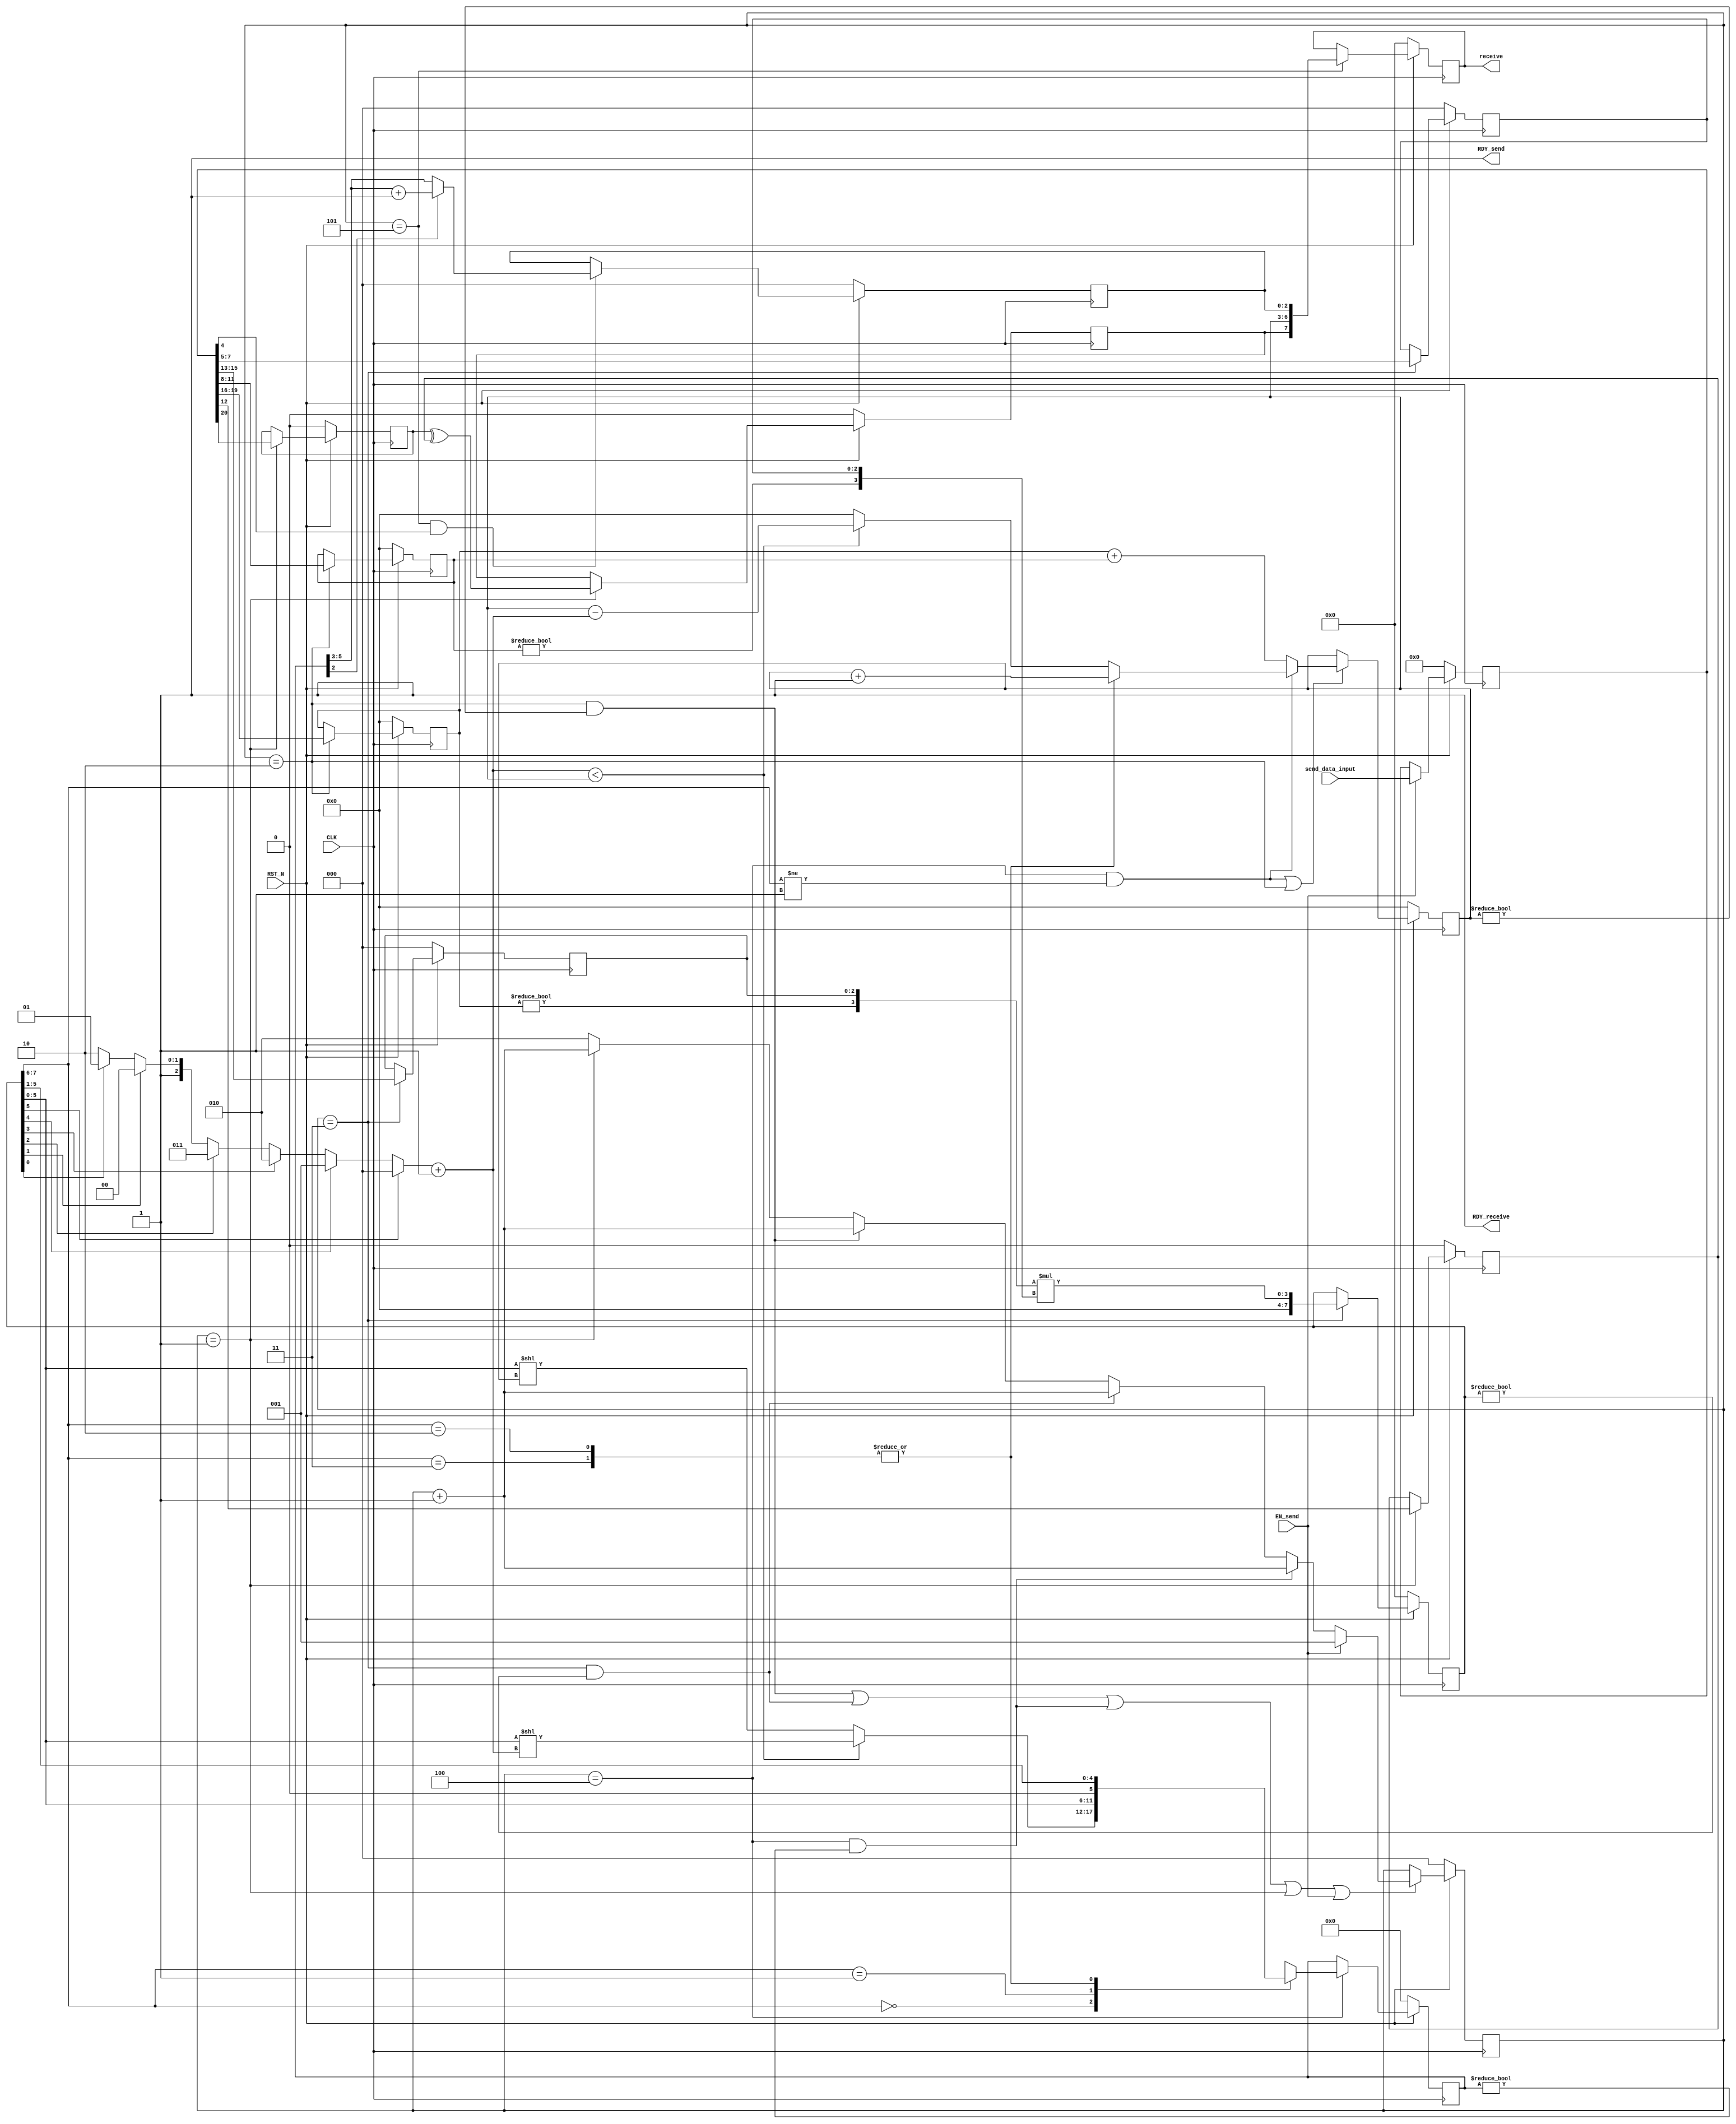
//
// Generated by Bluespec Compiler, version 2022.01-10-g3a4741b2 (build 3a4741b2)
//
// On Sun Dec 10 00:44:55 IST 2023
//
//
// Ports:
// Name                         I/O  size props
// RDY_send                       O     1 const
// receive                        O     8 reg
// RDY_receive                    O     1 const
// CLK                            I     1 clock
// RST_N                          I     1 reset
// send_data_input                I    21 reg
// EN_send                        I     1
//
// No combinational paths from inputs to outputs
//
//

`ifdef BSV_ASSIGNMENT_DELAY
`else
  `define BSV_ASSIGNMENT_DELAY
`endif

`ifdef BSV_POSITIVE_RESET
  `define BSV_RESET_VALUE 1'b1
  `define BSV_RESET_EDGE posedge
`else
  `define BSV_RESET_VALUE 1'b0
  `define BSV_RESET_EDGE negedge
`endif

module cfloat8_mul(CLK,
		   RST_N,

		   send_data_input,
		   EN_send,
		   RDY_send,

		   receive,
		   RDY_receive);
  input  CLK;
  input  RST_N;

  // action method send
  input  [20 : 0] send_data_input;
  input  EN_send;
  output RDY_send;

  // value method receive
  output [7 : 0] receive;
  output RDY_receive;

  // signals for module outputs
  wire [7 : 0] receive;
  wire RDY_receive, RDY_send;

  // register exp_op1
  reg [3 : 0] exp_op1;
  wire [3 : 0] exp_op1$D_IN;
  wire exp_op1$EN;

  // register exp_op2
  reg [3 : 0] exp_op2;
  wire [3 : 0] exp_op2$D_IN;
  wire exp_op2$EN;

  // register final_bias
  reg [3 : 0] final_bias;
  wire [3 : 0] final_bias$D_IN;
  wire final_bias$EN;

  // register final_exp
  reg [3 : 0] final_exp;
  wire [3 : 0] final_exp$D_IN;
  wire final_exp$EN;

  // register final_man
  reg [7 : 0] final_man;
  wire [7 : 0] final_man$D_IN;
  wire final_man$EN;

  // register final_output
  reg [7 : 0] final_output;
  wire [7 : 0] final_output$D_IN;
  wire final_output$EN;

  // register final_sign
  reg final_sign;
  wire final_sign$D_IN, final_sign$EN;

  // register man_op1
  reg [2 : 0] man_op1;
  wire [2 : 0] man_op1$D_IN;
  wire man_op1$EN;

  // register man_op2
  reg [2 : 0] man_op2;
  wire [2 : 0] man_op2$D_IN;
  wire man_op2$EN;

  // register normalized_count
  reg [3 : 0] normalized_count;
  wire [3 : 0] normalized_count$D_IN;
  wire normalized_count$EN;

  // register normalized_man
  reg [5 : 0] normalized_man;
  reg [5 : 0] normalized_man$D_IN;
  wire normalized_man$EN;

  // register output_man
  reg [2 : 0] output_man;
  wire [2 : 0] output_man$D_IN;
  wire output_man$EN;

  // register rg_operands
  reg [20 : 0] rg_operands;
  wire [20 : 0] rg_operands$D_IN;
  wire rg_operands$EN;

  // register rounded_man
  reg [2 : 0] rounded_man;
  wire [2 : 0] rounded_man$D_IN;
  wire rounded_man$EN;

  // register sign_op1
  reg sign_op1;
  wire sign_op1$D_IN, sign_op1$EN;

  // register sign_op2
  reg sign_op2;
  wire sign_op2$D_IN, sign_op2$EN;

  // register stage
  reg [2 : 0] stage;
  reg [2 : 0] stage$D_IN;
  wire stage$EN;

  // rule scheduling signals
  wire CAN_FIRE_RL_stage1,
       CAN_FIRE_RL_stage2,
       CAN_FIRE_RL_stage3,
       CAN_FIRE_RL_stage4,
       CAN_FIRE_RL_stage5,
       CAN_FIRE_RL_trial,
       CAN_FIRE_send,
       WILL_FIRE_RL_stage1,
       WILL_FIRE_RL_stage2,
       WILL_FIRE_RL_stage3,
       WILL_FIRE_RL_stage4,
       WILL_FIRE_RL_stage5,
       WILL_FIRE_RL_trial,
       WILL_FIRE_send;

  // inputs to muxes for submodule ports
  reg [3 : 0] MUX_final_exp$write_1__VAL_1;
  wire [3 : 0] MUX_final_exp$write_1__VAL_2;
  wire [2 : 0] MUX_stage$write_1__VAL_2;
  wire MUX_final_exp$write_1__SEL_1,
       MUX_stage$write_1__SEL_2,
       MUX_stage$write_1__SEL_3,
       MUX_stage$write_1__SEL_4;

  // remaining internal signals
  wire [7 : 0] NOT_exp_op1_5_EQ_0_4_5_CONCAT_man_op1_6_7_MUL__ETC___d32;
  wire [5 : 0] IF_0_CONCAT_IF_final_man_5_BIT_5_7_THEN_0_ELSE_ETC___d64,
	       x__h1975,
	       x__h3221,
	       x__h3335;
  wire [3 : 0] count_temp__h2134,
	       inter_mantissa1__h1465,
	       inter_mantissa2__h1466,
	       x__h2046,
	       x__h3295;
  wire [2 : 0] IF_final_man_5_BIT_5_7_THEN_0_ELSE_IF_final_ma_ETC___d59,
	       rounded_value__h3835;
  wire _0_CONCAT_IF_final_man_5_BIT_5_7_THEN_0_ELSE_IF_ETC___d61,
       hidden_bit_op1__h1397,
       hidden_bit_op2__h1398;

  // action method send
  assign RDY_send = 1'd1 ;
  assign CAN_FIRE_send = 1'd1 ;
  assign WILL_FIRE_send = EN_send ;

  // value method receive
  assign receive = final_output ;
  assign RDY_receive = 1'd1 ;

  // rule RL_trial
  assign CAN_FIRE_RL_trial = 1'd1 ;
  assign WILL_FIRE_RL_trial = 1'd1 ;

  // rule RL_stage1
  assign CAN_FIRE_RL_stage1 = stage == 3'd1 ;
  assign WILL_FIRE_RL_stage1 = CAN_FIRE_RL_stage1 ;

  // rule RL_stage2
  assign CAN_FIRE_RL_stage2 = stage == 3'd2 ;
  assign WILL_FIRE_RL_stage2 = CAN_FIRE_RL_stage2 ;

  // rule RL_stage3
  assign CAN_FIRE_RL_stage3 = stage == 3'd3 ;
  assign WILL_FIRE_RL_stage3 = CAN_FIRE_RL_stage3 ;

  // rule RL_stage4
  assign CAN_FIRE_RL_stage4 = stage == 3'd4 ;
  assign WILL_FIRE_RL_stage4 = CAN_FIRE_RL_stage4 ;

  // rule RL_stage5
  assign CAN_FIRE_RL_stage5 = stage == 3'd5 ;
  assign WILL_FIRE_RL_stage5 = CAN_FIRE_RL_stage5 ;

  // inputs to muxes for submodule ports
  assign MUX_final_exp$write_1__SEL_1 =
	     WILL_FIRE_RL_stage4 && final_man[7:6] != 2'b01 ;
  assign MUX_stage$write_1__SEL_2 =
	     WILL_FIRE_RL_stage4 && normalized_man != 6'b0 ;
  assign MUX_stage$write_1__SEL_3 = WILL_FIRE_RL_stage3 && final_man != 8'b0 ;
  assign MUX_stage$write_1__SEL_4 = WILL_FIRE_RL_stage2 && final_exp != 4'b0 ;
  always@(final_man or
	  _0_CONCAT_IF_final_man_5_BIT_5_7_THEN_0_ELSE_IF_ETC___d61 or
	  x__h3295 or x__h2046)
  begin
    case (final_man[7:6])
      2'b10, 2'b11: MUX_final_exp$write_1__VAL_1 = x__h2046;
      default: MUX_final_exp$write_1__VAL_1 =
		   _0_CONCAT_IF_final_man_5_BIT_5_7_THEN_0_ELSE_IF_ETC___d61 ?
		     x__h3295 :
		     4'd0;
    endcase
  end
  assign MUX_final_exp$write_1__VAL_2 = exp_op1 + exp_op2 ;
  assign MUX_stage$write_1__VAL_2 = stage + 3'd1 ;

  // register exp_op1
  assign exp_op1$D_IN = rg_operands[19:16] ;
  assign exp_op1$EN = CAN_FIRE_RL_stage2 ;

  // register exp_op2
  assign exp_op2$D_IN = rg_operands[11:8] ;
  assign exp_op2$EN = CAN_FIRE_RL_stage2 ;

  // register final_bias
  assign final_bias$D_IN = rg_operands[3:0] ;
  assign final_bias$EN = CAN_FIRE_RL_stage2 ;

  // register final_exp
  assign final_exp$D_IN =
	     MUX_final_exp$write_1__SEL_1 ?
	       MUX_final_exp$write_1__VAL_1 :
	       MUX_final_exp$write_1__VAL_2 ;
  assign final_exp$EN =
	     WILL_FIRE_RL_stage4 && final_man[7:6] != 2'b01 ||
	     WILL_FIRE_RL_stage2 ;

  // register final_man
  assign final_man$D_IN =
	     { 4'd0,
	       NOT_exp_op1_5_EQ_0_4_5_CONCAT_man_op1_6_7_MUL__ETC___d32[3:0] } ;
  assign final_man$EN = CAN_FIRE_RL_stage3 ;

  // register final_output
  assign final_output$D_IN = { final_sign, final_exp, rounded_man } ;
  assign final_output$EN = CAN_FIRE_RL_stage5 ;

  // register final_sign
  assign final_sign$D_IN = sign_op1 ^ sign_op2 ;
  assign final_sign$EN = CAN_FIRE_RL_stage1 ;

  // register man_op1
  assign man_op1$D_IN = rg_operands[15:13] ;
  assign man_op1$EN = CAN_FIRE_RL_stage3 ;

  // register man_op2
  assign man_op2$D_IN = rg_operands[7:5] ;
  assign man_op2$EN = CAN_FIRE_RL_stage3 ;

  // register normalized_count
  assign normalized_count$D_IN = 4'h0 ;
  assign normalized_count$EN = 1'b0 ;

  // register normalized_man
  always@(final_man or
	  IF_0_CONCAT_IF_final_man_5_BIT_5_7_THEN_0_ELSE_ETC___d64 or
	  x__h1975)
  begin
    case (final_man[7:6])
      2'd0:
	  normalized_man$D_IN =
	      IF_0_CONCAT_IF_final_man_5_BIT_5_7_THEN_0_ELSE_ETC___d64;
      2'b01: normalized_man$D_IN = final_man[5:0];
      2'b10, 2'b11: normalized_man$D_IN = x__h1975;
    endcase
  end
  assign normalized_man$EN = CAN_FIRE_RL_stage4 ;

  // register output_man
  assign output_man$D_IN = 3'h0 ;
  assign output_man$EN = 1'b0 ;

  // register rg_operands
  assign rg_operands$D_IN = send_data_input ;
  assign rg_operands$EN = EN_send ;

  // register rounded_man
  assign rounded_man$D_IN =
	     normalized_man[2] ? rounded_value__h3835 : normalized_man[5:3] ;
  assign rounded_man$EN = WILL_FIRE_RL_stage5 && rg_operands[4] ;

  // register sign_op1
  assign sign_op1$D_IN = rg_operands[20] ;
  assign sign_op1$EN = CAN_FIRE_RL_stage1 ;

  // register sign_op2
  assign sign_op2$D_IN = rg_operands[12] ;
  assign sign_op2$EN = CAN_FIRE_RL_stage1 ;

  // register stage
  always@(EN_send or
	  MUX_stage$write_1__SEL_2 or
	  MUX_stage$write_1__VAL_2 or
	  MUX_stage$write_1__SEL_3 or
	  MUX_stage$write_1__SEL_4 or WILL_FIRE_RL_stage1)
  case (1'b1)
    EN_send: stage$D_IN = 3'd1;
    MUX_stage$write_1__SEL_2: stage$D_IN = MUX_stage$write_1__VAL_2;
    MUX_stage$write_1__SEL_3: stage$D_IN = MUX_stage$write_1__VAL_2;
    MUX_stage$write_1__SEL_4: stage$D_IN = MUX_stage$write_1__VAL_2;
    WILL_FIRE_RL_stage1: stage$D_IN = MUX_stage$write_1__VAL_2;
    default: stage$D_IN = 3'b010 /* unspecified value */ ;
  endcase
  assign stage$EN =
	     WILL_FIRE_RL_stage2 && final_exp != 4'b0 ||
	     WILL_FIRE_RL_stage3 && final_man != 8'b0 ||
	     WILL_FIRE_RL_stage4 && normalized_man != 6'b0 ||
	     WILL_FIRE_RL_stage1 ||
	     EN_send ;

  // remaining internal signals
  assign IF_0_CONCAT_IF_final_man_5_BIT_5_7_THEN_0_ELSE_ETC___d64 =
	     _0_CONCAT_IF_final_man_5_BIT_5_7_THEN_0_ELSE_IF_ETC___d61 ?
	       x__h3221 :
	       x__h3335 ;
  assign IF_final_man_5_BIT_5_7_THEN_0_ELSE_IF_final_ma_ETC___d59 =
	     (final_man[5] ?
		3'd0 :
		(final_man[4] ?
		   3'd1 :
		   (final_man[3] ?
		      3'd2 :
		      (final_man[2] ?
			 3'd3 :
			 (final_man[1] ?
			    3'd4 :
			    (final_man[0] ? 3'd5 : 3'd6)))))) +
	     3'd1 ;
  assign NOT_exp_op1_5_EQ_0_4_5_CONCAT_man_op1_6_7_MUL__ETC___d32 =
	     inter_mantissa1__h1465 * inter_mantissa2__h1466 ;
  assign _0_CONCAT_IF_final_man_5_BIT_5_7_THEN_0_ELSE_IF_ETC___d61 =
	     count_temp__h2134 < final_exp ;
  assign count_temp__h2134 =
	     { 1'd0,
	       IF_final_man_5_BIT_5_7_THEN_0_ELSE_IF_final_ma_ETC___d59 } ;
  assign hidden_bit_op1__h1397 = exp_op1 != 4'd0 ;
  assign hidden_bit_op2__h1398 = exp_op2 != 4'd0 ;
  assign inter_mantissa1__h1465 = { hidden_bit_op1__h1397, man_op1 } ;
  assign inter_mantissa2__h1466 = { hidden_bit_op2__h1398, man_op2 } ;
  assign rounded_value__h3835 = normalized_man[5:3] + 3'b001 ;
  assign x__h1975 = { 1'd0, final_man[5:1] } ;
  assign x__h2046 = final_exp + 4'd1 ;
  assign x__h3221 = final_man[5:0] << count_temp__h2134 ;
  assign x__h3295 = final_exp - count_temp__h2134 ;
  assign x__h3335 = final_man[5:0] << final_exp ;

  // handling of inlined registers

  always@(posedge CLK)
  begin
    if (RST_N == `BSV_RESET_VALUE)
      begin
        exp_op1 <= `BSV_ASSIGNMENT_DELAY 4'd0;
	exp_op2 <= `BSV_ASSIGNMENT_DELAY 4'd0;
	final_bias <= `BSV_ASSIGNMENT_DELAY 4'd0;
	final_exp <= `BSV_ASSIGNMENT_DELAY 4'd0;
	final_man <= `BSV_ASSIGNMENT_DELAY 8'd0;
	final_output <= `BSV_ASSIGNMENT_DELAY 8'd0;
	final_sign <= `BSV_ASSIGNMENT_DELAY 1'd0;
	man_op1 <= `BSV_ASSIGNMENT_DELAY 3'd0;
	man_op2 <= `BSV_ASSIGNMENT_DELAY 3'd0;
	normalized_count <= `BSV_ASSIGNMENT_DELAY 4'd0;
	normalized_man <= `BSV_ASSIGNMENT_DELAY 6'd0;
	output_man <= `BSV_ASSIGNMENT_DELAY 3'd0;
	rg_operands <= `BSV_ASSIGNMENT_DELAY 21'd0;
	rounded_man <= `BSV_ASSIGNMENT_DELAY 3'd0;
	sign_op1 <= `BSV_ASSIGNMENT_DELAY 1'd0;
	sign_op2 <= `BSV_ASSIGNMENT_DELAY 1'd0;
	stage <= `BSV_ASSIGNMENT_DELAY 3'd0;
      end
    else
      begin
        if (exp_op1$EN) exp_op1 <= `BSV_ASSIGNMENT_DELAY exp_op1$D_IN;
	if (exp_op2$EN) exp_op2 <= `BSV_ASSIGNMENT_DELAY exp_op2$D_IN;
	if (final_bias$EN)
	  final_bias <= `BSV_ASSIGNMENT_DELAY final_bias$D_IN;
	if (final_exp$EN) final_exp <= `BSV_ASSIGNMENT_DELAY final_exp$D_IN;
	if (final_man$EN) final_man <= `BSV_ASSIGNMENT_DELAY final_man$D_IN;
	if (final_output$EN)
	  final_output <= `BSV_ASSIGNMENT_DELAY final_output$D_IN;
	if (final_sign$EN)
	  final_sign <= `BSV_ASSIGNMENT_DELAY final_sign$D_IN;
	if (man_op1$EN) man_op1 <= `BSV_ASSIGNMENT_DELAY man_op1$D_IN;
	if (man_op2$EN) man_op2 <= `BSV_ASSIGNMENT_DELAY man_op2$D_IN;
	if (normalized_count$EN)
	  normalized_count <= `BSV_ASSIGNMENT_DELAY normalized_count$D_IN;
	if (normalized_man$EN)
	  normalized_man <= `BSV_ASSIGNMENT_DELAY normalized_man$D_IN;
	if (output_man$EN)
	  output_man <= `BSV_ASSIGNMENT_DELAY output_man$D_IN;
	if (rg_operands$EN)
	  rg_operands <= `BSV_ASSIGNMENT_DELAY rg_operands$D_IN;
	if (rounded_man$EN)
	  rounded_man <= `BSV_ASSIGNMENT_DELAY rounded_man$D_IN;
	if (sign_op1$EN) sign_op1 <= `BSV_ASSIGNMENT_DELAY sign_op1$D_IN;
	if (sign_op2$EN) sign_op2 <= `BSV_ASSIGNMENT_DELAY sign_op2$D_IN;
	if (stage$EN) stage <= `BSV_ASSIGNMENT_DELAY stage$D_IN;
      end
  end

  // synopsys translate_off
  `ifdef BSV_NO_INITIAL_BLOCKS
  `else // not BSV_NO_INITIAL_BLOCKS
  initial
  begin
    exp_op1 = 4'hA;
    exp_op2 = 4'hA;
    final_bias = 4'hA;
    final_exp = 4'hA;
    final_man = 8'hAA;
    final_output = 8'hAA;
    final_sign = 1'h0;
    man_op1 = 3'h2;
    man_op2 = 3'h2;
    normalized_count = 4'hA;
    normalized_man = 6'h2A;
    output_man = 3'h2;
    rg_operands = 21'h0AAAAA;
    rounded_man = 3'h2;
    sign_op1 = 1'h0;
    sign_op2 = 1'h0;
    stage = 3'h2;
  end
  `endif // BSV_NO_INITIAL_BLOCKS
  // synopsys translate_on

  // handling of system tasks

  // synopsys translate_off
  always@(negedge CLK)
  begin
    #0;
    $display("welcome to the project");
    $display("***************************************************************************");
    if (RST_N != `BSV_RESET_VALUE)
      if (WILL_FIRE_RL_stage1)
	$display("DEBUGG ::: sign_op1 :", sign_op1, " sign_op2 :", sign_op2);
    if (RST_N != `BSV_RESET_VALUE)
      if (WILL_FIRE_RL_stage1) $display("val of final sign : ", final_sign);
    if (RST_N != `BSV_RESET_VALUE)
      if (WILL_FIRE_RL_stage1) $display("val of stage: ", stage);
    if (RST_N != `BSV_RESET_VALUE)
      if (WILL_FIRE_RL_stage1)
	$display("***************************************************************************");
    if (RST_N != `BSV_RESET_VALUE)
      if (WILL_FIRE_RL_stage2) $display("stage2");
    if (RST_N != `BSV_RESET_VALUE)
      if (WILL_FIRE_RL_stage2)
	$display("DEBUGG of prev stage ::: sign_op1 :",
		 sign_op1,
		 " sign_op2 :",
		 sign_op2,
		 " final_sign :",
		 final_sign);
    if (RST_N != `BSV_RESET_VALUE)
      if (WILL_FIRE_RL_stage2)
	$display("DEBUGG ::: exp_op1 :", exp_op1, " exp_op2 :", exp_op2);
    if (RST_N != `BSV_RESET_VALUE)
      if (WILL_FIRE_RL_stage2)
	$display("val of final exp : ",
		 final_exp,
		 "val of bias : ",
		 rg_operands[3:0],
		 rg_operands[3:0]);
    if (RST_N != `BSV_RESET_VALUE)
      if (WILL_FIRE_RL_stage2 && final_exp != 4'b0)
	$display("DINA DEBUGGG : val of final_exp : %b", final_exp);
    if (RST_N != `BSV_RESET_VALUE)
      if (WILL_FIRE_RL_stage2)
	$display("***************************************************************************");
    if (RST_N != `BSV_RESET_VALUE)
      if (WILL_FIRE_RL_stage3) $display("stage3");
    if (RST_N != `BSV_RESET_VALUE)
      if (WILL_FIRE_RL_stage3)
	$display("DEBUGG of prev stage ::: exp_op1 :",
		 exp_op1,
		 " exp_op2 :",
		 exp_op2,
		 " final_exp",
		 final_exp);
    if (RST_N != `BSV_RESET_VALUE)
      if (WILL_FIRE_RL_stage3)
	$display("DEBUGG ::: man_op1 : ", man_op1, " man_op2 : ", man_op2);
    if (RST_N != `BSV_RESET_VALUE)
      if (WILL_FIRE_RL_stage3) $display("final_man : %b", final_man);
    if (RST_N != `BSV_RESET_VALUE)
      if (WILL_FIRE_RL_stage3)
	$display("***************************************************************************");
    if (RST_N != `BSV_RESET_VALUE)
      if (WILL_FIRE_RL_stage4) $display("val of final man : %b ", final_man);
    if (RST_N != `BSV_RESET_VALUE)
      if (WILL_FIRE_RL_stage4 && final_man[7:6] != 2'b01 &&
	  (final_man[7:6] == 2'b10 || final_man[7:6] == 2'b11))
	$display("the value of the hidden product is 10 or 11 . The exact value is : %b",
		 final_man[7:6]);
    if (RST_N != `BSV_RESET_VALUE)
      if (WILL_FIRE_RL_stage4 && final_man[7:6] != 2'b01 &&
	  (final_man[7:6] == 2'b10 || final_man[7:6] == 2'b11))
	$display("before shifting : %b",
		 final_man[5:0],
		 "after shifting : %b ",
		 normalized_man);
    if (RST_N != `BSV_RESET_VALUE)
      if (WILL_FIRE_RL_stage4 && final_man[7:6] != 2'b01 &&
	  final_man[7:6] != 2'b10 &&
	  final_man[7:6] != 2'b11)
	$display("latest DEBUGG : count_temp  : %b",
		 count_temp__h2134,
		 "final_exp : %b ",
		 final_exp);
    if (RST_N != `BSV_RESET_VALUE)
      if (WILL_FIRE_RL_stage4 && final_man[7:6] != 2'b01 &&
	  final_man[7:6] != 2'b10 &&
	  final_man[7:6] != 2'b11)
	$display("DEBUGG MSB count zeros : %b ",
		 $unsigned(IF_final_man_5_BIT_5_7_THEN_0_ELSE_IF_final_ma_ETC___d59),
		 "final exp : %b",
		 final_exp);
    if (RST_N != `BSV_RESET_VALUE)
      if (WILL_FIRE_RL_stage4 && final_man[7:6] != 2'b01 &&
	  final_man[7:6] != 2'b10 &&
	  final_man[7:6] != 2'b11)
	$display("$$$$$$$$$$$$$$$$$$$$$$$$$$$$$$$$$$$$$$$$$$$$$$$$$$$$$$$$");
    if (RST_N != `BSV_RESET_VALUE)
      if (WILL_FIRE_RL_stage4)
	$display("value of normalized man : %b", normalized_man);
    if (RST_N != `BSV_RESET_VALUE)
      if (WILL_FIRE_RL_stage4) $display("stage4");
    if (RST_N != `BSV_RESET_VALUE)
      if (WILL_FIRE_RL_stage4)
	$display("val of final output : ", final_output);
    if (RST_N != `BSV_RESET_VALUE)
      if (WILL_FIRE_RL_stage4 && normalized_man != 6'b0)
	$display("DEBUGG of prev stage ::: man_op1 : ",
		 man_op1,
		 " man_op2 : ",
		 man_op2,
		 "output man : %b",
		 normalized_man);
    if (RST_N != `BSV_RESET_VALUE)
      if (WILL_FIRE_RL_stage4)
	$display("***************************************************************************");
    if (RST_N != `BSV_RESET_VALUE)
      if (WILL_FIRE_RL_stage5) $display("stage5");
    if (RST_N != `BSV_RESET_VALUE)
      if (WILL_FIRE_RL_stage5)
	$display("value of rounded man : %b", rounded_man);
    if (RST_N != `BSV_RESET_VALUE)
      if (WILL_FIRE_RL_stage5)
	$display("INTER VALUES sign : ",
		 final_sign,
		 " exp : ",
		 final_exp,
		 " mantissa : ",
		 rounded_man);
    if (RST_N != `BSV_RESET_VALUE)
      if (WILL_FIRE_RL_stage5)
	$display("displaying the output ::: sign",
		 final_output[7],
		 " exp : ",
		 final_output[6:3],
		 " man : ",
		 final_output[2:0]);
    if (RST_N != `BSV_RESET_VALUE)
      if (EN_send) $display("Inside the method SEND");
    if (RST_N != `BSV_RESET_VALUE)
      if (EN_send)
	$display("val at operand1 is : ",
		 rg_operands[20:13],
		 " operand2 : ",
		 rg_operands[12:5],
		 " r mode : ",
		 rg_operands[4],
		 " exp_bias",
		 rg_operands[3:0]);
  end
  // synopsys translate_on
endmodule  // cfloat8_mul